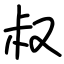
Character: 叔